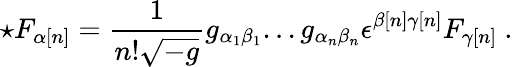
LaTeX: \star F_{{\alpha}[n]}=\frac{1}{n!\sqrt{-g}}g_{{\alpha}_{1}{\beta}_{1}}...g_{{\alpha}_{n}{\beta}_{n}}{\epsilon}^{{\beta}[n]{\gamma}[n]}F_{{\gamma}[n]}\ .